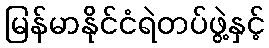
မြန်မာနိုင်ငံရဲတပ်ဖွဲ့နှင့်